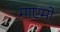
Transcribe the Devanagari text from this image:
माएमो